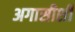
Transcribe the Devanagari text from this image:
अगासीशी